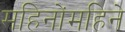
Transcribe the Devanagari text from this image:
महिनोंमहिने